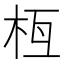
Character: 𣐛